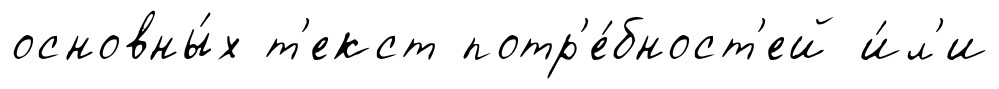
основны́х т'екст потр'е́бност'ей и́л'и